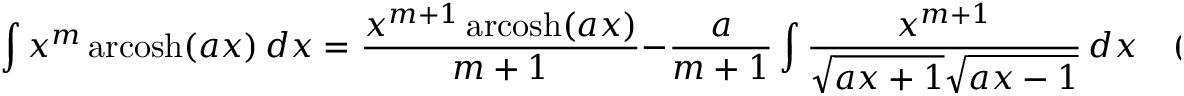
\int x ^ { m } \operatorname { a r c o s h } ( a x ) \, d x = { \frac { x ^ { m + 1 } \operatorname { a r c o s h } ( a x ) } { m + 1 } } - { \frac { a } { m + 1 } } \int { \frac { x ^ { m + 1 } } { { \sqrt { a x + 1 } } { \sqrt { a x - 1 } } } } \, d x \quad ( m \neq - 1 )